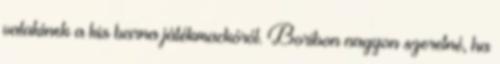
valakinek a kis barna játékmackóról. Boribon nagyon szeretné, ha